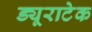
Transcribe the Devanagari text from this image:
ड्यूराटेक